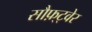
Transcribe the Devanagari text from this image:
सौफ़्ट्वेर